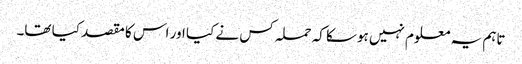
تاہم یہ معلوم نہیں ہوسکا کہ حملہ کس نے کیا اور اس کا مقصد کیا تھا۔